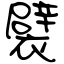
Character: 襞